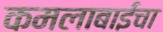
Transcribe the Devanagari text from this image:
कमलाबाईंचा